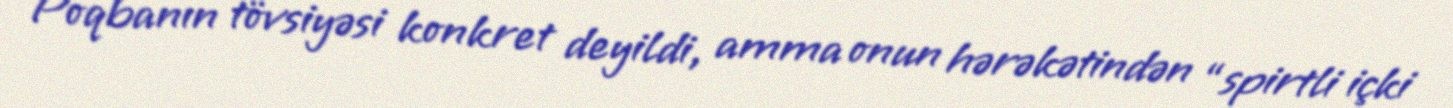
Poqbanın tövsiyəsi konkret deyildi, amma onun hərəkətindən “spirtli içki